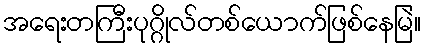
အရေးတကြီးပုဂ္ဂိုလ်တစ်ယောက်ဖြစ်နေမြဲ။